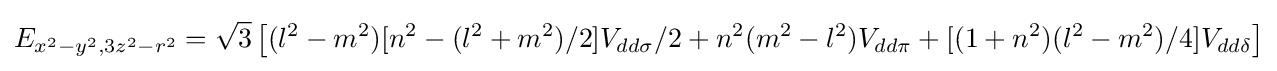
E_{x^{2}-y^{2},3z^{2}-r^{2}}={\sqrt {3}}\left[(l^{2}-m^{2})[n^{2}-(l^{2}+m^{2})/2]V_{dd\sigma }/2+n^{2}(m^{2}-l^{2})V_{dd\pi }+[(1+n^{2})(l^{2}-m^{2})/4]V_{dd\delta }\right]